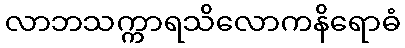
လာဘသက္ကာရသိလောကနိရောဓံ